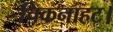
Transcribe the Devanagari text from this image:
चिकनाहट।